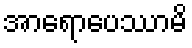
အာရောပေဿာမိ